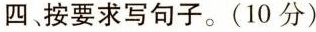
四、按要求写句子。(10分)